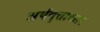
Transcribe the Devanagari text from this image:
अर्थवृत्ताकार